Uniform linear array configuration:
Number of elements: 16
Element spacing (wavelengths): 1
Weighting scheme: cosine
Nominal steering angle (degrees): -15
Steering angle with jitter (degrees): -13.647
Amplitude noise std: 0.05
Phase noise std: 0.05

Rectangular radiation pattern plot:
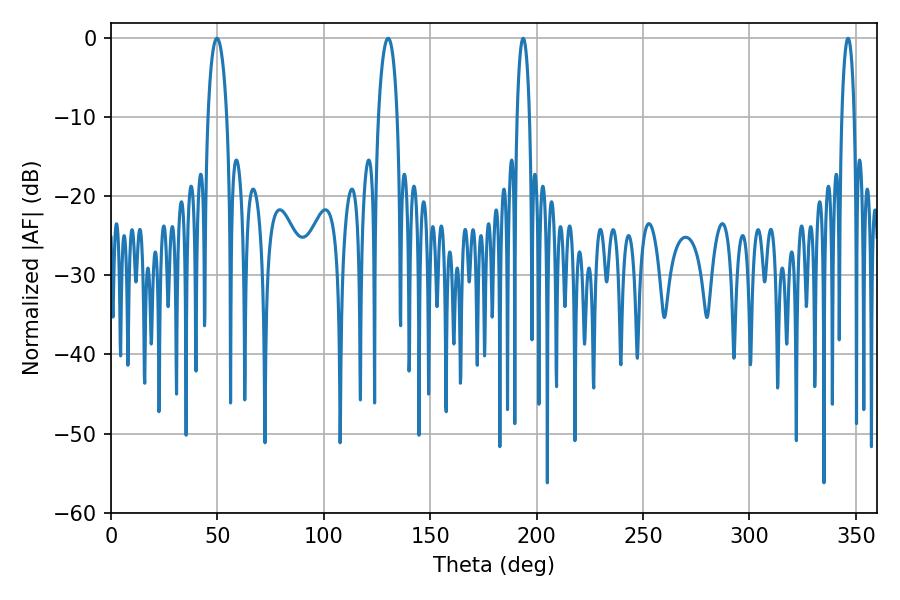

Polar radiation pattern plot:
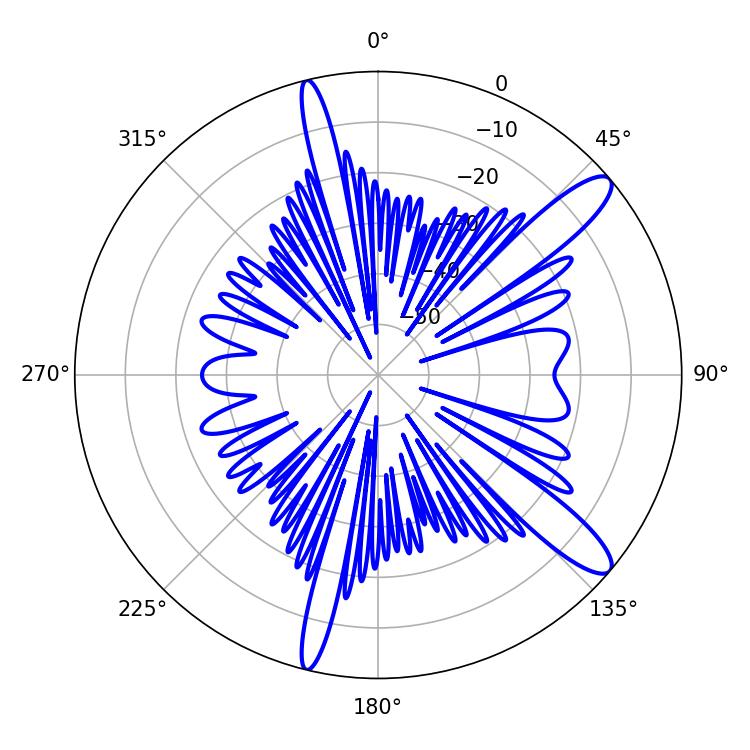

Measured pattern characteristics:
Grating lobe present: TRUE
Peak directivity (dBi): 12.283
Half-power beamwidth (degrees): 3.24
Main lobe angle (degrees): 193.68